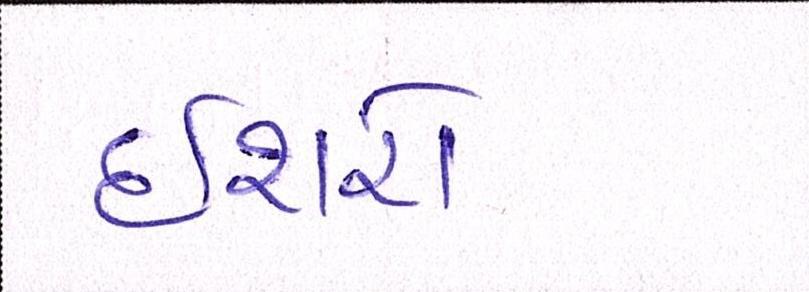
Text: ઈશારો